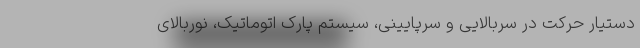
دستیار حرکت در سربالایی و سرپایینی، سیستم پارک اتوماتیک، نوربالای